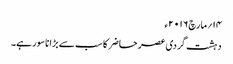
۱۴؍مارچ ۲۰۱۶ء
دہشت گردی عصر حاضر کا سب سے بڑا ناسور ہے۔